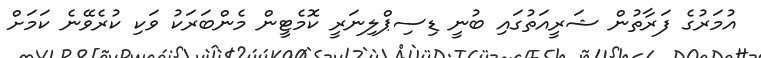
އުމަރުގެ ފަރާތުން ޝަރީއަތުގައި ބުނީ ޑިސިޕްލިނަރީ ކޮމެޓީން މެންބަރަކު ވަކި ކުރެވޭނެ ކަމަށް